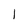
Character: 1